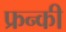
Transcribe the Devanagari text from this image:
फ्रन्की